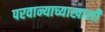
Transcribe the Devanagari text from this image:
परवान्याच्याखाली